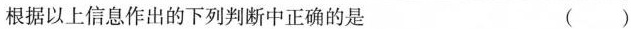
根据以上信息作出的下列判断中正确的是 （ ）